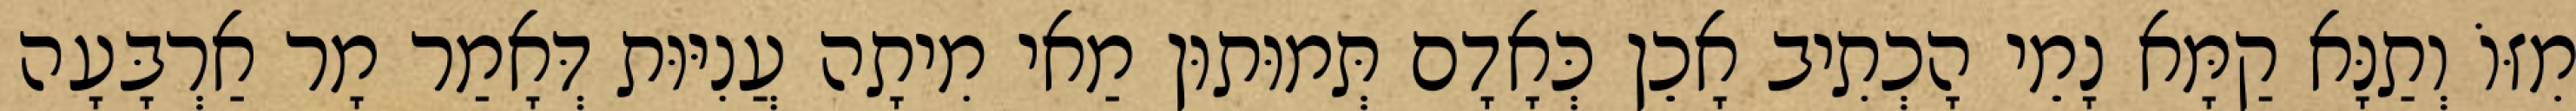
מִזּוֹ וְתַנָּא קַמָּא נָמֵי הָכְתִיב אָכֵן כְּאָדָם תְּמוּתוּן מַאי מִיתָה עֲנִיּוּת דְּאָמַר מָר אַרְבָּעָה